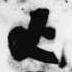
歟